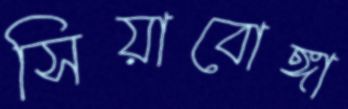
সিয়াবোঙ্গা